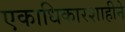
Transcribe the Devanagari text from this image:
एकाधिकारशाहीने